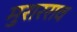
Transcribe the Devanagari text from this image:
मुरारराव